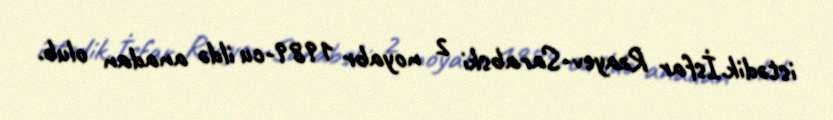
istədik.İsfar Rzayev-Sarabski 2 noyabr 1989-cu ildə anadan olub.